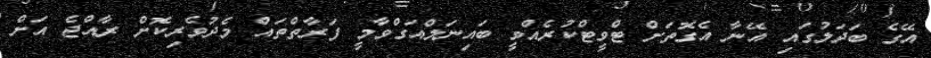
އޭގެ ބަދަލުގައި އޭނާ އެގޮތަށް ޓްވީޓްކުރެއްވީ ބައިނަލްއަގްވާމީ ފަރާތްތައް މެދުވެރިކޮށް ރާއްޖެ އަށް